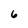
Character: 6